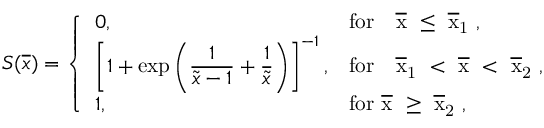
S ( \overline { { x } } ) = \left\{ \begin{array} { l l } { 0 , } & { \mathrm { f o r ~ \ ~ \overline { { x } } ~ \leq ~ \overline { { x } } _ 1 ~ } , } \\ { \left[ 1 + \exp \left( \displaystyle { \frac { 1 } { \widetilde x - 1 } + \frac { 1 } { \widetilde x } } \right) \right] ^ { - 1 } , } & { \mathrm { f o r ~ \ ~ \overline { { x } } _ 1 ~ < ~ \overline { { x } } ~ < ~ \overline { { x } } _ 2 ~ } , } \\ { 1 , } & { \mathrm { f o r ~ \overline { { x } } ~ \geq ~ \overline { { x } } _ 2 ~ } , } \end{array} \right.